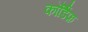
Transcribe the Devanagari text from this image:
कॉर्डिफ़